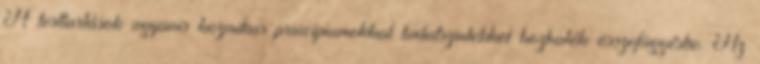
A testtartások ugyanis kozmikus princípiumokkal tudatszintekkel hozhatók összefüggésbe. Az